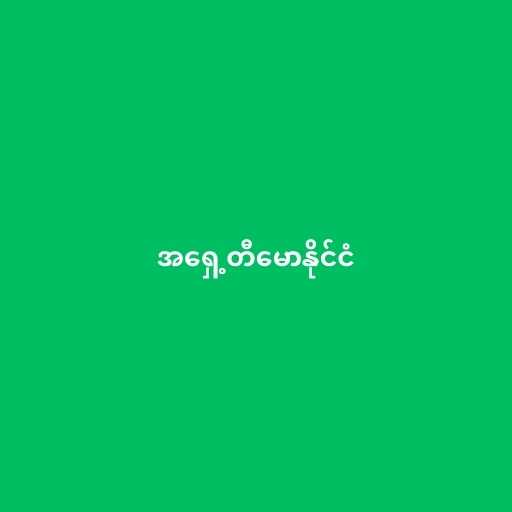
အရှေ့တီမောနိုင်ငံ